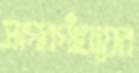
সাগরগাঁওয়ের